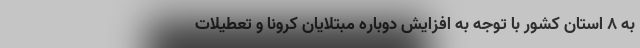
به ۸ استان کشور با توجه به افزایش دوباره مبتلایان کرونا و تعطیلات